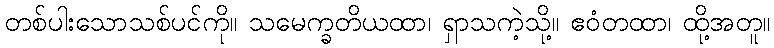
တစ်ပါးသောသစ်ပင်ကို။ သမေက္ခတိယထာ၊ ရှာသကဲ့သို့။ ဧဝံတထာ၊ ထို့အတူ။